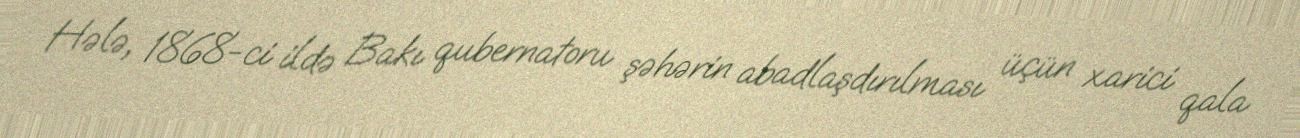
Hələ, 1868-ci ildə Bakı qubernatoru şəhərin abadlaşdırılması üçün xarici qala